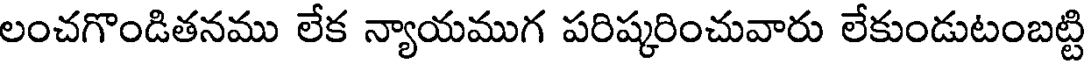
లంచగొండితనము లేక న్యాయముగ పరిష్కరించువారు లేకుండుటంబట్టి